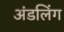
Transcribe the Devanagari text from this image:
अंडलिंग